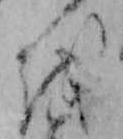
を